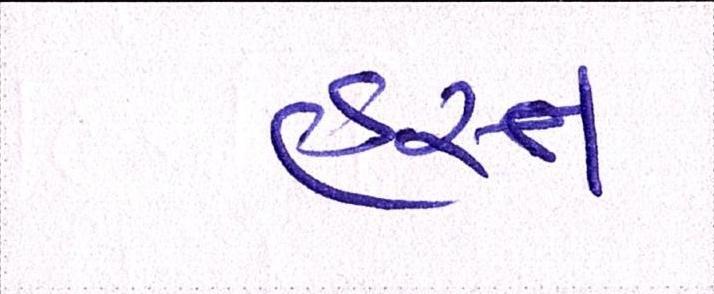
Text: હસ્ત